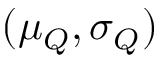
( \mu _ { Q } , \sigma _ { Q } )